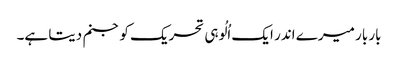
بار بار میرے اندر ایک اُلُوہی تحریک کو جنم دیتا ہے۔